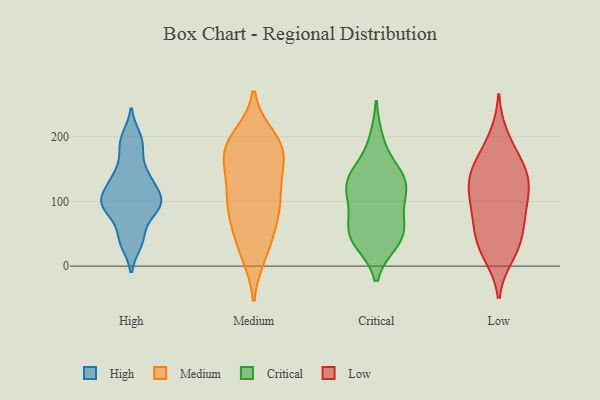
{"axis": {"x": "Budget (USD K)", "y": "Value"}, "legend": ["Critical", "High", "Low", "Medium"], "data": [{"x": "", "y": 48, "type": "High"}, {"x": "", "y": 86, "type": "High"}, {"x": "", "y": 104, "type": "High"}, {"x": "", "y": 128, "type": "High"}, {"x": "", "y": 194, "type": "High"}, {"x": "", "y": 136, "type": "High"}, {"x": "", "y": 35, "type": "High"}, {"x": "", "y": 181, "type": "High"}, {"x": "", "y": 94, "type": "High"}, {"x": "", "y": 96, "type": "High"}, {"x": "", "y": 200, "type": "High"}, {"x": "", "y": 134, "type": "High"}, {"x": "", "y": 154, "type": "High"}, {"x": "", "y": 101, "type": "High"}, {"x": "", "y": 96, "type": "High"}, {"x": "", "y": 80, "type": "High"}, {"x": "", "y": 113, "type": "High"}, {"x": "", "y": 38, "type": "High"}, {"x": "", "y": 58, "type": "Medium"}, {"x": "", "y": 145, "type": "Medium"}, {"x": "", "y": 99, "type": "Medium"}, {"x": "", "y": 84, "type": "Medium"}, {"x": "", "y": 179, "type": "Medium"}, {"x": "", "y": 75, "type": "Medium"}, {"x": "", "y": 177, "type": "Medium"}, {"x": "", "y": 81, "type": "Medium"}, {"x": "", "y": 19, "type": "Medium"}, {"x": "", "y": 165, "type": "Medium"}, {"x": "", "y": 39, "type": "Medium"}, {"x": "", "y": 187, "type": "Medium"}, {"x": "", "y": 164, "type": "Medium"}, {"x": "", "y": 123, "type": "Medium"}, {"x": "", "y": 115, "type": "Medium"}, {"x": "", "y": 114, "type": "Medium"}, {"x": "", "y": 200, "type": "Medium"}, {"x": "", "y": 198, "type": "Medium"}, {"x": "", "y": 17, "type": "Medium"}, {"x": "", "y": 184, "type": "Medium"}, {"x": "", "y": 130, "type": "Critical"}, {"x": "", "y": 39, "type": "Critical"}, {"x": "", "y": 53, "type": "Critical"}, {"x": "", "y": 55, "type": "Critical"}, {"x": "", "y": 43, "type": "Critical"}, {"x": "", "y": 194, "type": "Critical"}, {"x": "", "y": 95, "type": "Critical"}, {"x": "", "y": 48, "type": "Critical"}, {"x": "", "y": 95, "type": "Critical"}, {"x": "", "y": 137, "type": "Critical"}, {"x": "", "y": 123, "type": "Critical"}, {"x": "", "y": 133, "type": "Critical"}, {"x": "", "y": 140, "type": "Critical"}, {"x": "", "y": 175, "type": "Low"}, {"x": "", "y": 106, "type": "Low"}, {"x": "", "y": 79, "type": "Low"}, {"x": "", "y": 66, "type": "Low"}, {"x": "", "y": 34, "type": "Low"}, {"x": "", "y": 139, "type": "Low"}, {"x": "", "y": 18, "type": "Low"}, {"x": "", "y": 83, "type": "Low"}, {"x": "", "y": 130, "type": "Low"}, {"x": "", "y": 131, "type": "Low"}, {"x": "", "y": 153, "type": "Low"}, {"x": "", "y": 146, "type": "Low"}, {"x": "", "y": 44, "type": "Low"}, {"x": "", "y": 26, "type": "Low"}, {"x": "", "y": 107, "type": "Low"}, {"x": "", "y": 199, "type": "Low"}]}